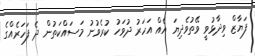
ފަޔާޒް ވިދާޅުވީ ވޭތުވެދިޔަ އެއް އަހަރު ދުވަހު ކުރެވުނު މަސައްކަތުން ދެ ފަހަރެއްގެ